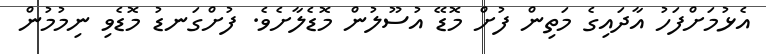
އެޅުމަށްފަހު އާދައިގެ މަތިން ފުށް މޮޑޭ އުސޫލުން މޮޑެލާށެވެ. ފުށްގަނޑު މޮޑެވި ނިމުމުން